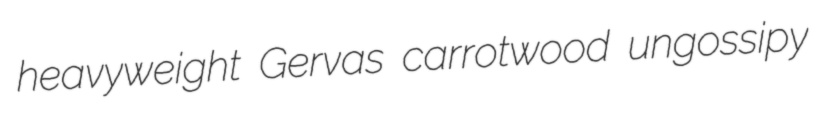
heavyweight Gervas carrotwood ungossipy